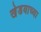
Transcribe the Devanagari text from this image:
खेडयाच्या